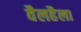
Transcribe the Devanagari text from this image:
वैलहैला